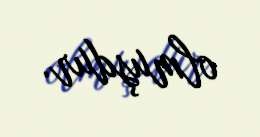
olmuşdur.